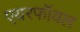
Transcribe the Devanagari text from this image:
एयरफॉयल